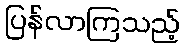
ပြန်လာကြသည့်